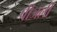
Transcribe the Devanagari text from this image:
पीजली